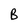
Character: B